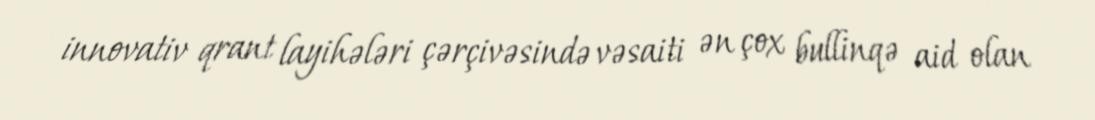
innovativ qrant layihələri çərçivəsində vəsaiti ən çox bullinqə aid olan